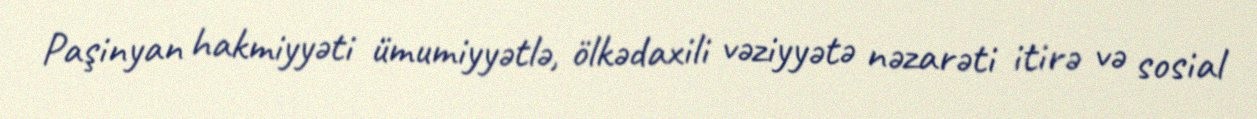
Paşinyan hakmiyyəti ümumiyyətlə, ölkədaxili vəziyyətə nəzarəti itirə və sosial